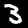
Digit: 3